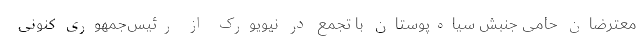
معترضان حامی جنبش سیاه‌پوستان با تجمع در نیویورک از رئیس‌جمهوری کنونی